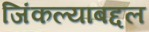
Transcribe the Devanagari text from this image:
जिंकल्याबद्दल